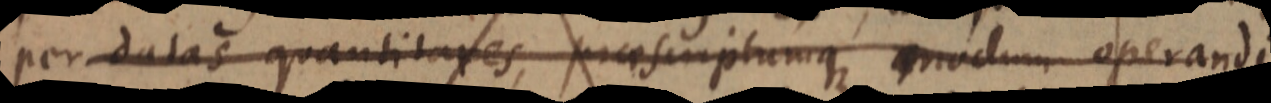
per datas quantitates, praescriptumque modum operandi